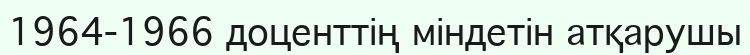
1964-1966 доценттің міндетін атқарушы